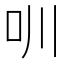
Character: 𠯀